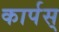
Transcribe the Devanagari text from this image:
कार्पस्